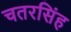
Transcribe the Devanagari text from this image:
चतरसिंह